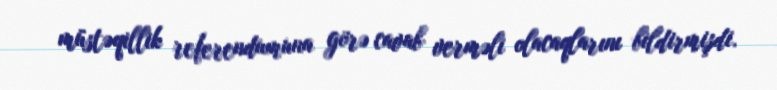
müstəqillik referendumuna görə cavab verməli olacaqlarını bildirmişdi.